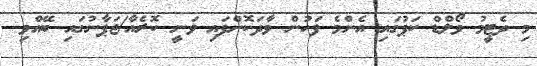
މި ދެޓީމު ވޯލްޑް ކަޕުގައި އެންމެ ފަހުން ވާދަކޮށްފައި ވަނީ ކޮރެއާ/ޖަޕާނުގައި ބޭއްވި